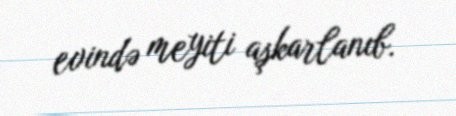
evində meyiti aşkarlanıb.